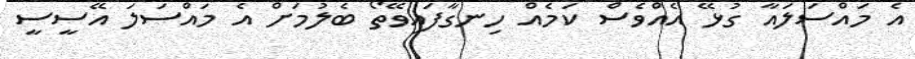
އެ މައްސަލައާ ގުޅޭ އެއްވެސް ކަމެއް ހިނގާފައިވޭތޯ ބެލުމަށް އެ މައްސަލަ އޭސީސީ